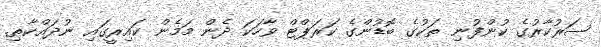
ސަރުކާރުގެ ކުންފުނި ތަކުގެ ބޮޑުންގެ ކަރަޕްޓް ވާހަކަ ދެން މަމެން ކައިރީގައި ނުދައްކާތި.